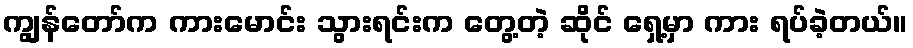
ကျွန်တော်က ကားမောင်း သွားရင်းက တွေ့တဲ့ ဆိုင် ရှေ့မှာ ကား ရပ်ခဲ့တယ်။